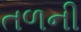
તળની